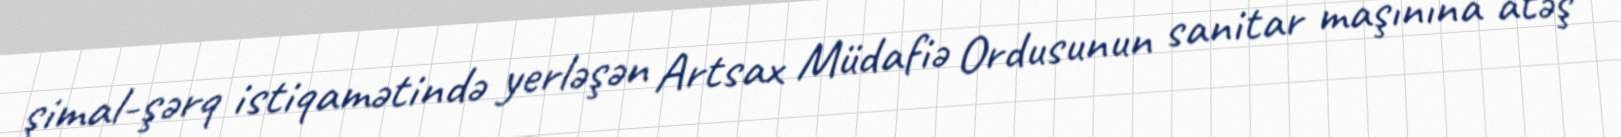
şimal-şərq istiqamətində yerləşən Artsax Müdafiə Ordusunun sanitar maşınına atəş